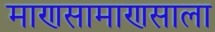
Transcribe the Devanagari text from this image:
माणसामाणसाला